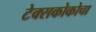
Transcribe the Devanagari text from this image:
टेक्सकोकोचा